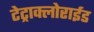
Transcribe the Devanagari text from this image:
टेट्राक्लोराईड